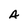
Character: A